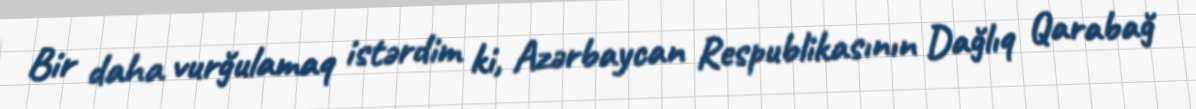
Bir daha vurğulamaq istərdim ki, Azərbaycan Respublikasının Dağlıq Qarabağ